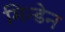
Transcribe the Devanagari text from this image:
मिन्डेन